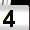
Digit: 4